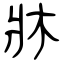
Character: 牀